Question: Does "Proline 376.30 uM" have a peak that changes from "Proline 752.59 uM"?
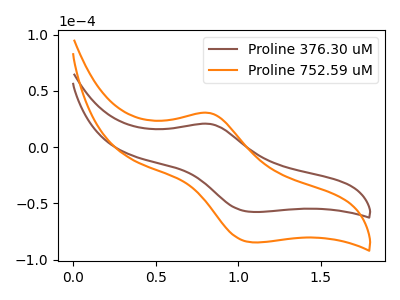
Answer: <think>The brown curve "Proline 376.30 uM" has an anodic peak at (0.80V, 20.65uA) and a cathodic peak at (1.10V, -57.65uA). The orange curve "Proline 752.59 uM" has an anodic peak at (0.80V, 30.35uA) and a cathodic peak at (1.10V, -84.70uA).
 All the peaks in "Proline 376.30 uM" have a peak in "Proline 752.59 uM" at the same potential. Every peak in "Proline 376.30 uM" is lower than every peak in "Proline 752.59 uM".</think>
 <answer>No, "Proline 376.30 uM" and "Proline 752.59 uM" don't appear to be significantly different in shape</answer>
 <eval>no_change</eval>